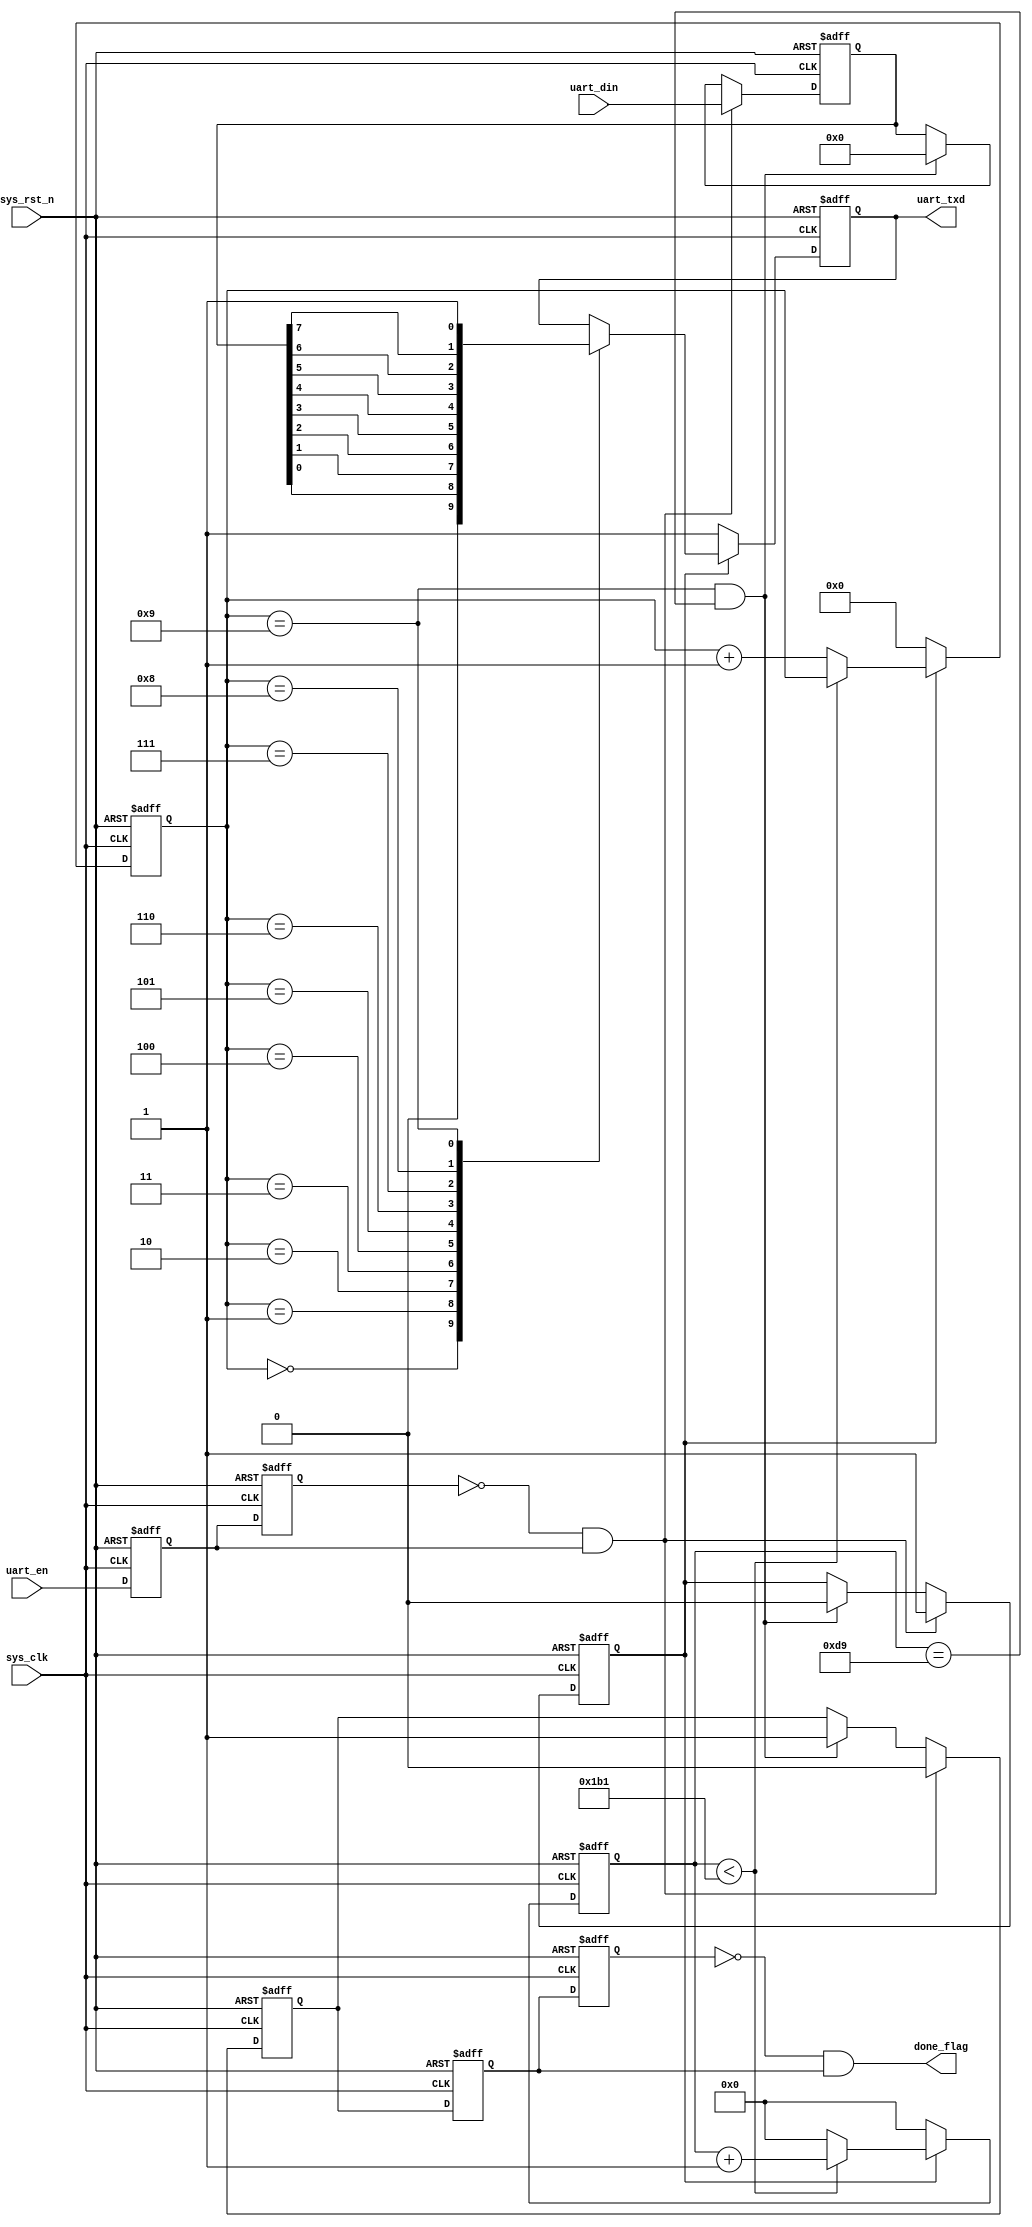
//****************************************Copyright (c)***********************************//
//www.openedv.com
//http://openedv.taobao.com 
//""FPGA & STM32
//
//Copyright(C)  2018-2028
//All rights reserved	                               
//----------------------------------------------------------------------------------------
// File name:           uart_send
// Last modified Date:  2018/4/19 19:56:36
// Last Version:        V1.1
// Descriptions:        uart
//----------------------------------------------------------------------------------------
// Created by:          
// Created date:        2018/1/29 10:55:56
// Version:             V1.0
// Descriptions:        The original version
//
//----------------------------------------------------------------------------------------
// Modified by:		    
// Modified date:	    2018/4/19 19:56:36
// Version:			    V1.1
// Descriptions:	    
//
//----------------------------------------------------------------------------------------
//****************************************************************************************//

module uart_send(
    input	      sys_clk,                  //
    input         sys_rst_n,                //
    
    input         uart_en,                  //
    input  [7:0]  uart_din,                 //
    output  reg   uart_txd,                 //UART
    output     done_flag              //UART
    );
    
//parameter define
parameter  CLK_FREQ = 50000000;             //
parameter  UART_BPS = 115200;                 //
localparam BPS_CNT  = CLK_FREQ/UART_BPS;    //BPS_CNT

//reg define
reg        uart_en_d0; 
reg        uart_en_d1;  
reg [15:0] clk_cnt;                         //
reg [ 3:0] tx_cnt;                          //
reg        tx_flag;                         //
reg [ 7:0] tx_data;                         //

//wire define
wire       en_flag;

//*****************************************************
//**                    main code
//*****************************************************
//uart_en
assign en_flag = (~uart_en_d1) & uart_en_d0;
                                                 
//uart_en
always @(posedge sys_clk or negedge sys_rst_n) begin         
    if (!sys_rst_n) begin
        uart_en_d0 <= 1'b0;                                  
        uart_en_d1 <= 1'b0;
    end                                                      
    else begin                                               
        uart_en_d0 <= uart_en;                               
        uart_en_d1 <= uart_en_d0;                            
    end
end

//wire       done_flag;
reg        done_flag_d0; 
reg        done_flag_d1; 
reg        uart_tx_done;
//uart_en
assign done_flag = (~done_flag_d1) & done_flag_d0;
//uart_en
always @(posedge sys_clk or negedge sys_rst_n) begin         
    if (!sys_rst_n) begin
        done_flag_d0 <= 1'b0;                                  
        done_flag_d1 <= 1'b0;
    end                                                      
    else begin                                               
        done_flag_d0 <= uart_tx_done;                               
        done_flag_d1 <= done_flag_d0;                            
    end
end


//en_flag,          
always @(posedge sys_clk or negedge sys_rst_n) begin         
    if (!sys_rst_n) begin                                  
        tx_flag <= 1'b0;
        tx_data <= 8'd0;
        uart_tx_done <= 1'b0;
    end 
    else if (en_flag) begin                 //                      
            tx_flag <= 1'b1;                //tx_flag
            tx_data <= uart_din;            //
            uart_tx_done <= 1'b0;
        end
        else 
        if ((tx_cnt == 4'd9)&&(clk_cnt == BPS_CNT/2))
        begin                               //
            tx_flag <= 1'b0;                //tx_flag
            tx_data <= 8'd0;
            uart_tx_done <= 1'b1;
        end
        else begin
            tx_flag <= tx_flag;
            tx_data <= tx_data;
            uart_tx_done <= uart_tx_done;
        end 
end

//
always @(posedge sys_clk or negedge sys_rst_n) begin         
    if (!sys_rst_n) begin                             
        clk_cnt <= 16'd0;                                  
        tx_cnt  <= 4'd0;
    end
    else if (tx_flag) begin                 //
        if (clk_cnt < BPS_CNT - 1) begin
            clk_cnt <= clk_cnt + 1'b1;
            tx_cnt  <= tx_cnt;
        end
        else begin
            clk_cnt <= 16'd0;               //
            tx_cnt  <= tx_cnt + 1'b1;       //1
        end
    end
    else begin                              //
        clk_cnt <= 16'd0;
        tx_cnt  <= 4'd0;
    end
end

//uart
always @(posedge sys_clk or negedge sys_rst_n) begin        
    if (!sys_rst_n)  
        uart_txd <= 1'b1;        
    else if (tx_flag)
        case(tx_cnt)
            4'd0: uart_txd <= 1'b0;         // 
            4'd1: uart_txd <= tx_data[0];   //
            4'd2: uart_txd <= tx_data[1];
            4'd3: uart_txd <= tx_data[2];
            4'd4: uart_txd <= tx_data[3];
            4'd5: uart_txd <= tx_data[4];
            4'd6: uart_txd <= tx_data[5];
            4'd7: uart_txd <= tx_data[6];
            4'd8: uart_txd <= tx_data[7];   //
            4'd9: uart_txd <= 1'b1;         //
            default: ;
        endcase
    else 
        uart_txd <= 1'b1;                   //
end

endmodule